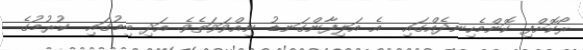
ރޯކޮށްފި ކޮންމެހިނދެއްގައި  އެ އަލިފާންގަނޑު ނިއްވަވަތެވެ. އަދި ބިމުގައި  ކުރުމުގެ